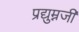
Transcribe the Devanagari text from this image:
प्रद्युम्नजी